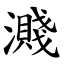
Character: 濺